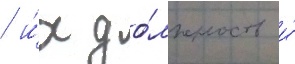
/ и́х до́лжность и́